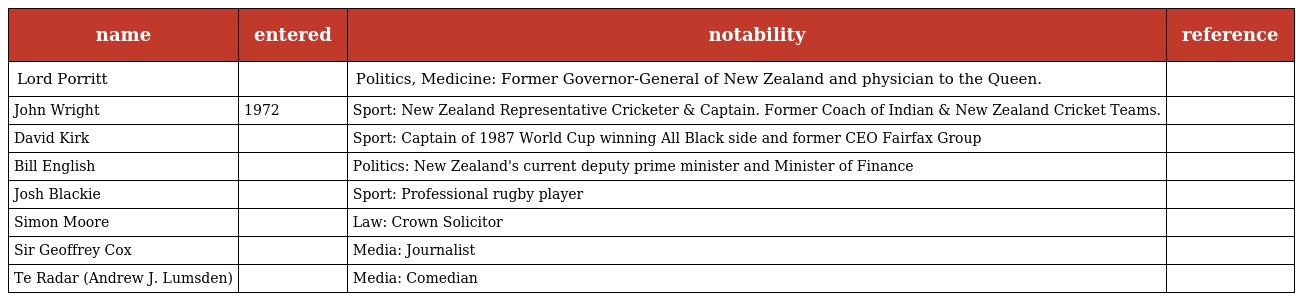
| name | entered | notability | reference |
 | --- | --- | --- | --- |
 | Lord Porritt |  | Politics, Medicine: Former Governor-General of New Zealand and physician to the Queen. |  |
 | John Wright | 1972 | Sport: New Zealand Representative Cricketer & Captain. Former Coach of Indian & New Zealand Cricket Teams. |  |
 | David Kirk |  | Sport: Captain of 1987 World Cup winning All Black side and former CEO Fairfax Group |  |
 | Bill English |  | Politics: New Zealand's current deputy prime minister and Minister of Finance |  |
 | Josh Blackie |  | Sport: Professional rugby player |  |
 | Simon Moore |  | Law: Crown Solicitor |  |
 | Sir Geoffrey Cox |  | Media: Journalist |  |
 | Te Radar (Andrew J. Lumsden) |  | Media: Comedian |  |